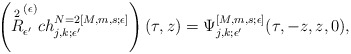
\begin{align*}\left( \overset{2}{R}^{(\epsilon)}_{\epsilon^\prime} ch^{N=2 [M, m,s;\epsilon]}_{j,k;\epsilon^\prime}\right) (\tau,z) = \Psi^{[M, m,s ; \epsilon]}_{j,k;\epsilon^\prime} (\tau, -z, z, 0),\end{align*}